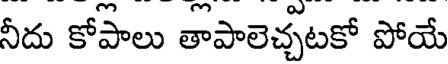
నీదు కోపాలు తాపాలెచ్చటకో పోయే